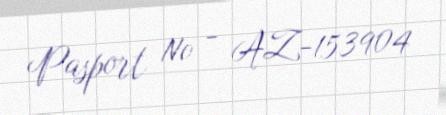
Pasport № - AZ-153904